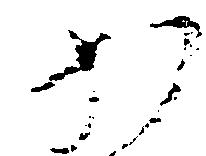
か